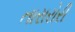
તારારોરી